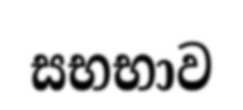
සභභාව